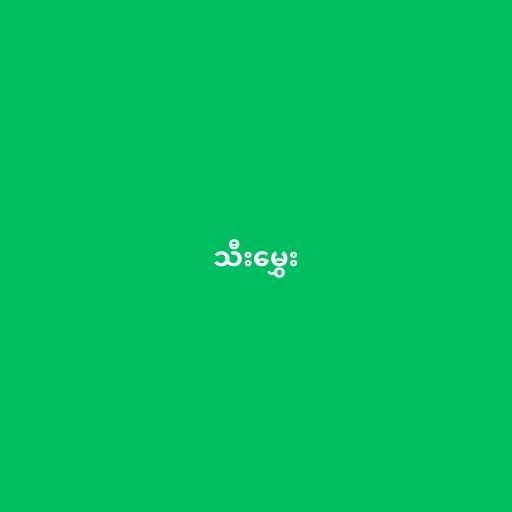
သီးမွှေး